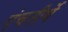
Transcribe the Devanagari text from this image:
पंचतीर्थे